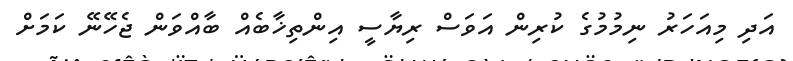
އަދި މިއަހަރު ނިމުމުގެ ކުރިން އަވަސް ރިޔާސީ އިންތިޚާބެއް ބާއްވަން ޖެހޭނޭ ކަމަށް